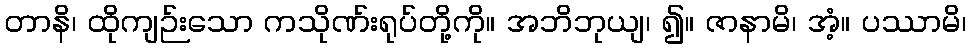
တာနိ၊ ထိုကျဉ်းသော ကသိုဏ်းရုပ်တို့ကို။ အဘိဘုယျ၊ ၍။ ဇာနာမိ၊ အံ့။ ပဿာမိ၊